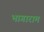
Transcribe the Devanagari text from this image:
भागाराम